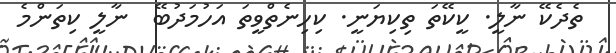
ތެދެކޭ ނާލީ. ކީކޭތަ ތިކިޔަނީ. ކިހިނެތްވީތަ އަހުމަދުބޭ  ނާލީ ކިތަންމެ